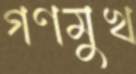
গণমুখ